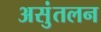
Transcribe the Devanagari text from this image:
असुंतलन